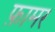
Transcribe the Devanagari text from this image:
फ़ामर